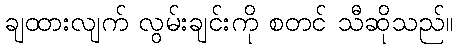
ချထားလျက် လွမ်းချင်းကို စတင် သီဆိုသည်။